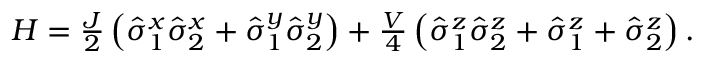
\begin{array} { r } { H = \frac { J } { 2 } \left( \hat { \sigma } _ { 1 } ^ { x } \hat { \sigma } _ { 2 } ^ { x } + \hat { \sigma } _ { 1 } ^ { y } \hat { \sigma } _ { 2 } ^ { y } \right) + \frac { V } { 4 } \left( \hat { \sigma } _ { 1 } ^ { z } \hat { \sigma } _ { 2 } ^ { z } + \hat { \sigma } _ { 1 } ^ { z } + \hat { \sigma } _ { 2 } ^ { z } \right) . } \end{array}